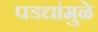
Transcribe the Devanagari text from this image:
पडद्यांमुळे